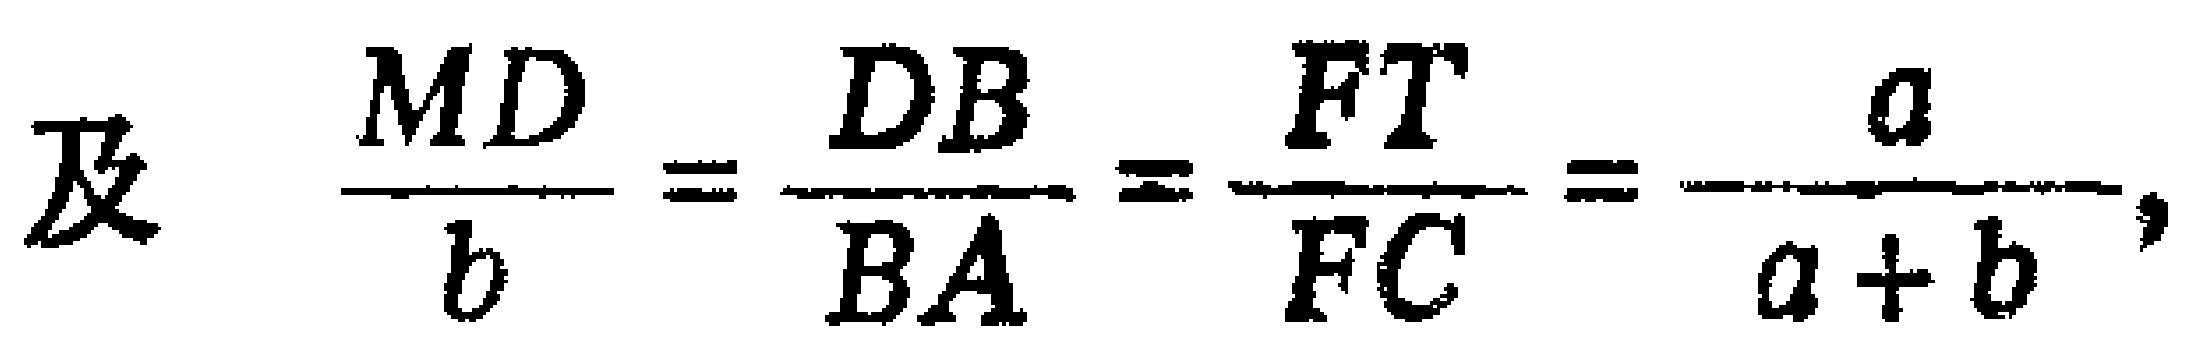
及 \(\frac{MD}{b}=\frac{DB}{BA}=\frac{FT}{FC}=\frac{a}{a + b}\)